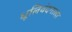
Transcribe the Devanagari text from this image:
धूलिवंदनाला